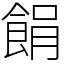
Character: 䬼